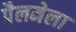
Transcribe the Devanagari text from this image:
पैलमेला